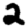
Digit: 2